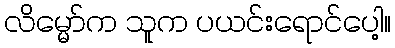
လိမ္မော်က သူက ပယင်းရောင်ပေါ့။